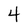
Character: 4